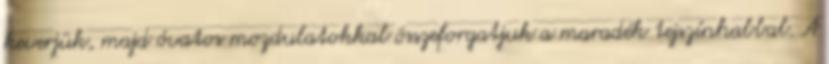
keverjük, majd óvatos mozdulatokkal összeforgatjuk a maradék tejszínhabbal. A